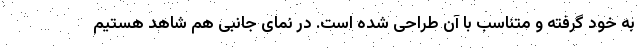
به خود گرفته و متناسب با آن طراحی شده است. در نمای جانبی هم شاهد هستیم